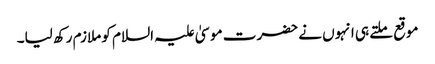
موقع ملتے ہی انہوں نے حضرت موسیٰ علیہ السلام کو ملازم رکھ لیا۔